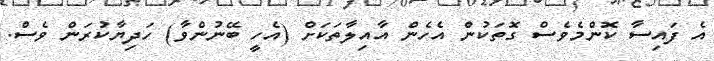
އެ ފައިސާ ކޮންމެވެސް ގޮތަކުން އެހެން އާއިލާތަކަށް (އެހީ ބޭނުންވާ) ހަދިޔާކުރަން ވެސް.